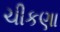
ચીકણા